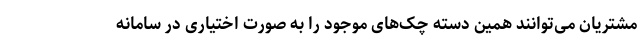
مشتریان می‌توانند همین دسته چک‌های موجود را به صورت اختیاری در سامانه